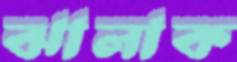
ঝালাক